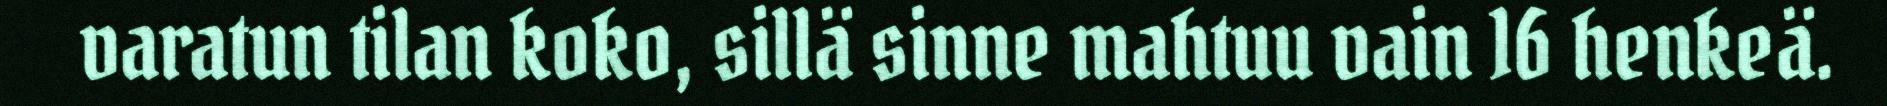
varatun tilan koko, sillä sinne mahtuu vain 16 henkeä.